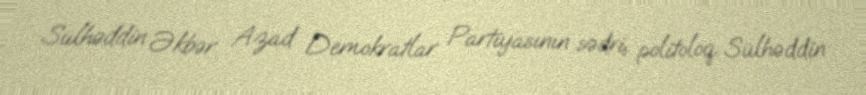
Sülhəddin Əkbər Azad Demokratlar Partiyasının sədri, politoloq Sülhəddin